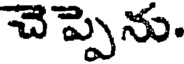
చెప్పెను.